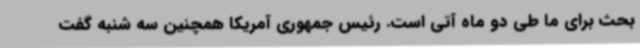
بحث برای ما طی دو ماه آتی است. رئیس جمهوری آمریکا همچنین سه شنبه گفت